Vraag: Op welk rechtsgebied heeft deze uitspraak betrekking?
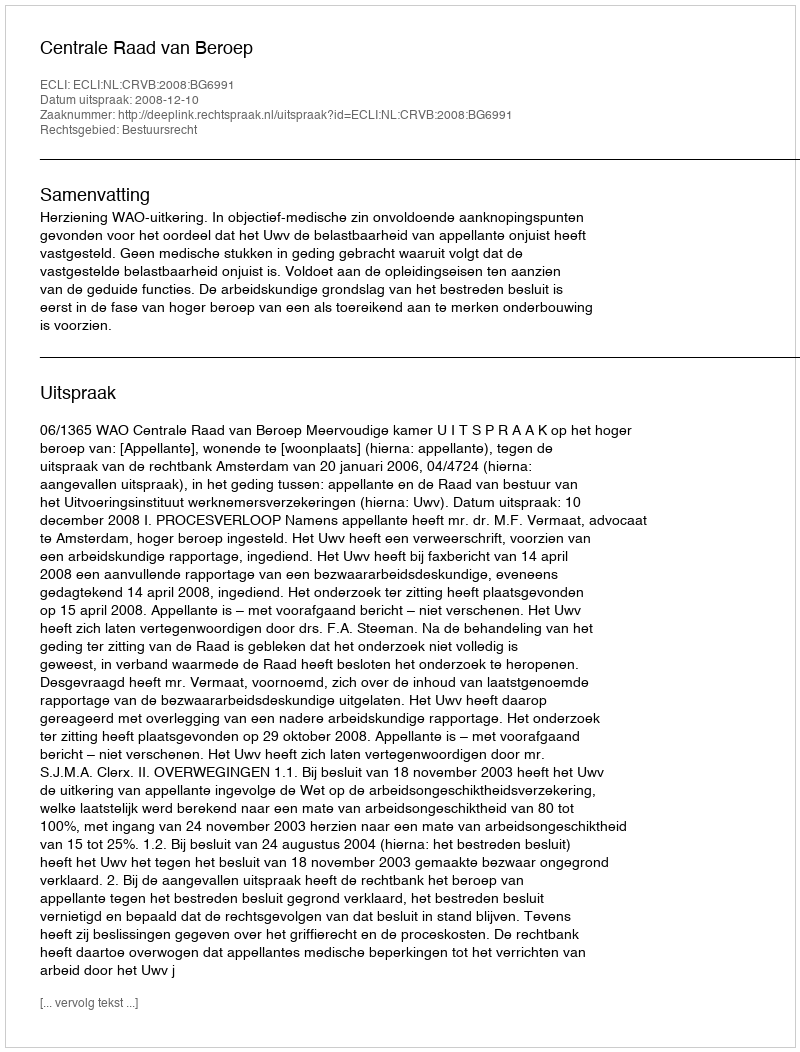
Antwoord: Bestuursrecht